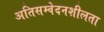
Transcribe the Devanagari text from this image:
अतिसम्वेदनशीलता